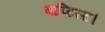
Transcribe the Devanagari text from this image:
बाप्टिस्ट।